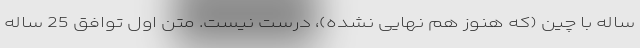
ساله با چین (که هنوز هم نهایی نشده)، درست نیست. متن اول توافق 25 ساله